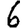
Digit: 6